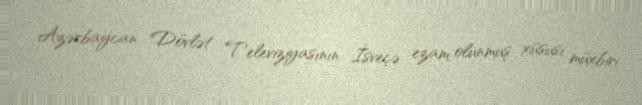
Azərbaycan Dövlət Televiziyasının İsveçə ezam olunmuş xüsusi müxbiri